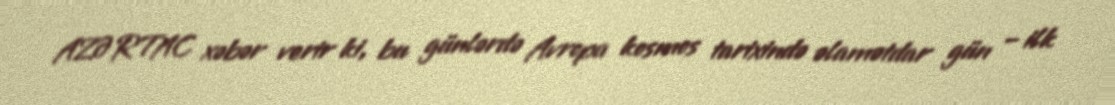
AZƏRTAC xəbər verir ki, bu günlərdə Avropa kosmos tarixində əlamətdar gün – ilk